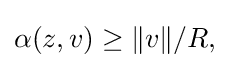
\displaystyle {\alpha (z,v)\geq \|v\|/R,}